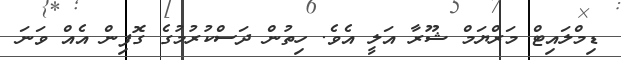
ޑިމްލައިޓް މަރްޔަމް ޝޫރާ އަލީ އެވެ. ހިތުން ދަސްކުރުމުގެ ގޮފިން އެއް ވަނަ